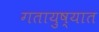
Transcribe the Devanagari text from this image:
गतायुष्यात